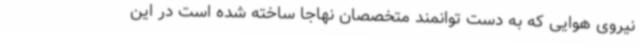
نیروی هوایی که به دست توانمند متخصصان نهاجا ساخته شده است در این